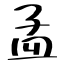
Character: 孟